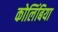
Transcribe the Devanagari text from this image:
कोलिंबिया